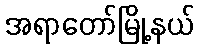
အရာတော်မြို့နယ်